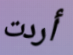
أردت